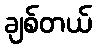
ချစ်တယ်